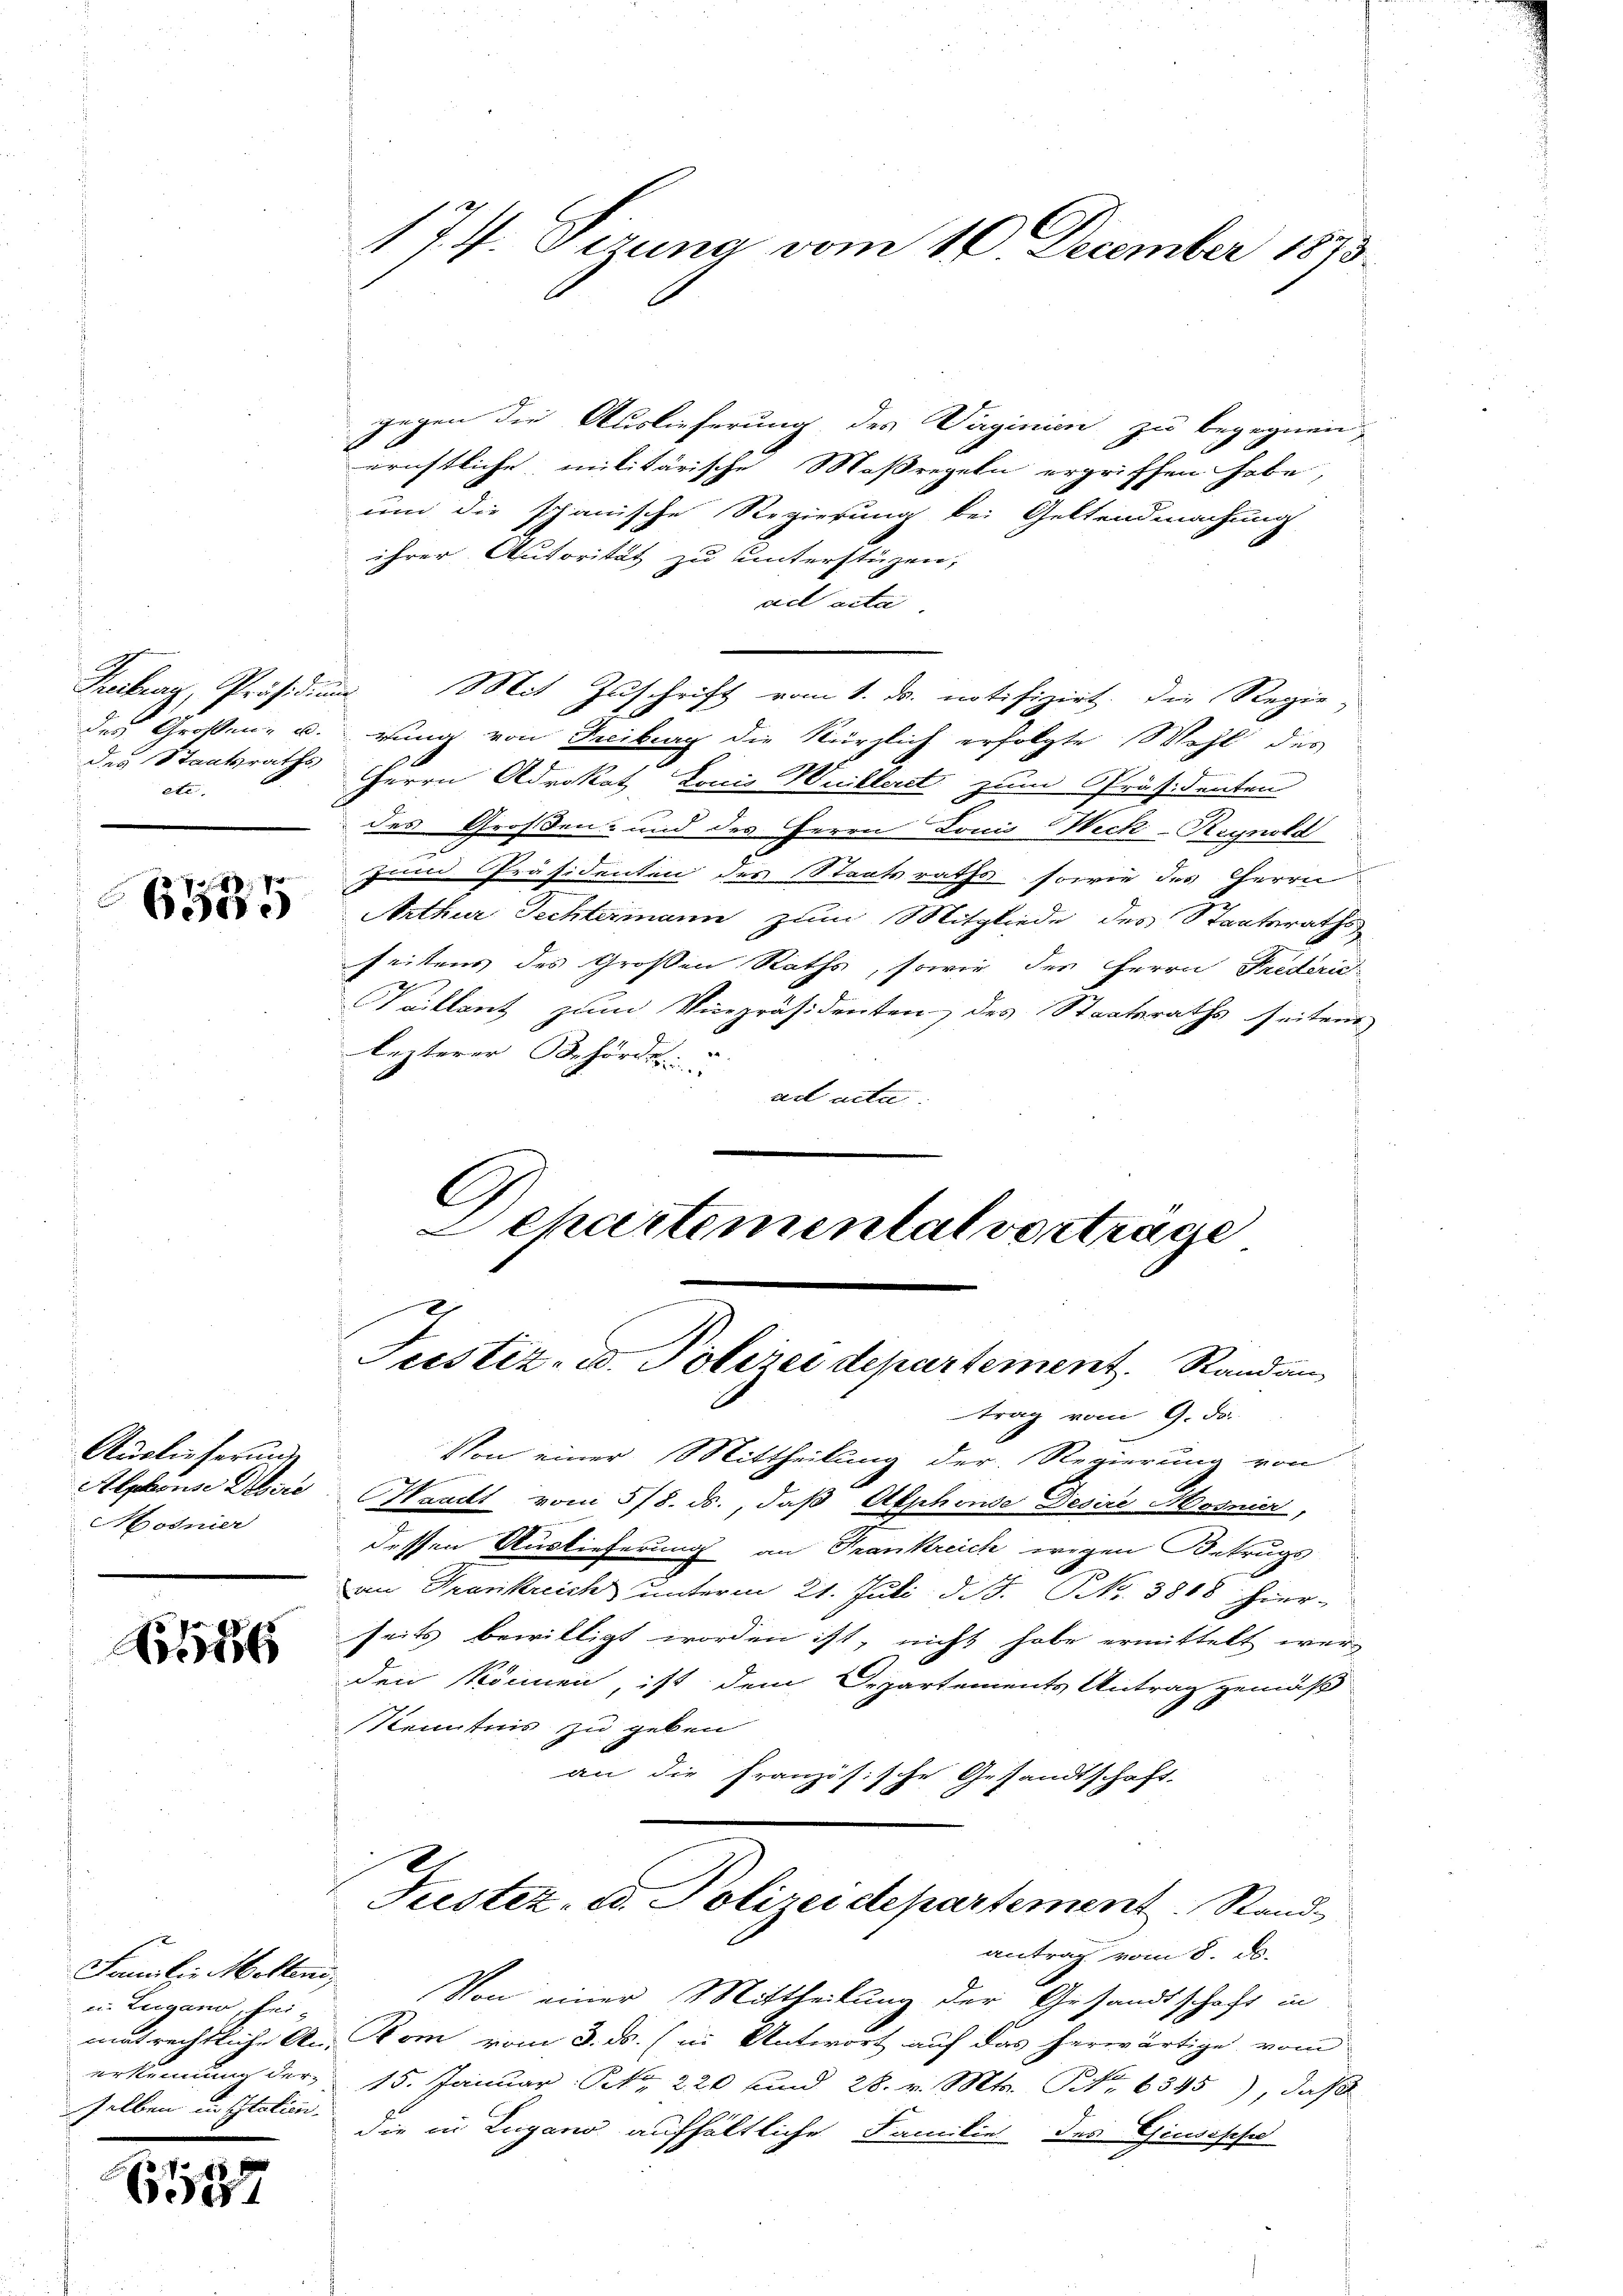
des Staatsraths
et

Auslieferunge
Alphons Dobire
Modnier

A

Familie Malten,
in Lugano, seimat rechtliche An-
erkennung der-
selben in Station.

61187

gegen die Auslieferung des Virginien zu begegnen,
f
eristliche militärische Maßregeln ergriffen habe,
und die schanische Regierung bei Geltendmachung
ihrer Autorität zu unterstüzen,
ad acta
des Großen, u. rung von Freiburg die kürzlich erfolgte Wohl des
Herrn Advokat, Louis Weilteret zum Präsidenten
des Großen- und des Herrn Louis Weck-Krynold
zum Präsidenten des Staatsraths sowie des Herrn
  Mithur Rechtermann zum Mitgliede des Staatsraths
seitens des Großen Raths, sowie des Herrn Frederic
Vaillant zum Vicepräsidenten des Staatsraths seitens
lezterer Behörder
ad acta.
G
Schartemental vortrage

174. Sizung vom 10. December 1873.

Freiburg, Präsidium. Mit Zuschrift vom 1. ds. notifizirt. Die Regie-

Justiz- u. Polizei departement.   Rand an

Von einer Mittheilung der Regierung von
Waadt vom 5/8. ds., daß Alphonse Desire Mosnier,
dessen Auslieferung an Frankreich wegen Betrugs
an Trankreich unterm 21. Juli d. J. Nr. 3868 hier-
seits bewilligt worden ist, nicht habe ermittelt werden können, ist dem Departements Antrag gemäß
Kenntnis zu geben
an die französische Gesandtschaft.
Justiz, ed. Polizeidepartement. Stand
antrag vom 8. d.
Von einer Mittheilung der Gesandtschaft in
Kom vom 8. ds. (in Antwort auf das herwärtige vom
15. Januar: Br 220 und 28. v. Mts. No 6345), daß
die in Lugano aufhältliche Familie des Giusepha

trag vom 9. Fr.